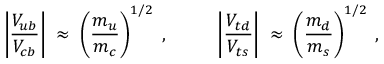
\left| \frac { V _ { u b } } { V _ { c b } } \right| \; \approx \; \left( \frac { m _ { u } } { m _ { c } } \right) ^ { 1 / 2 } \; , ~ ~ ~ ~ ~ ~ ~ ~ \left| \frac { V _ { t d } } { V _ { t s } } \right| \; \approx \; \left( \frac { m _ { d } } { m _ { s } } \right) ^ { 1 / 2 } \; ,